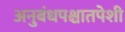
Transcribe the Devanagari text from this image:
अनुबंधपश्चातपेशी